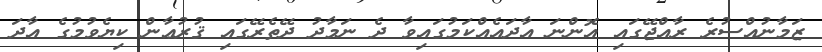
ޒަމާނުއްސުރެ ރާއްޖޭގައި އޮންނަ އާދައެއްކަމުގައިވާ ދެ ނަމާދު ދޭތެރޭގައި ޤުރުޢާން ކިޔެވުމުގެ އާދަ